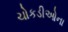
ચોકડીઓના